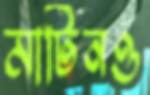
মার্টিনও